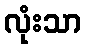
လုံးသာ